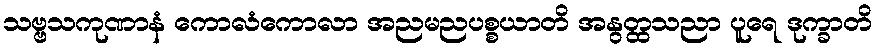
သဗ္ဗသကုဏာနံ ကောလံကောလာ အညမညပစ္စယာတိ အနွတ္ထသညာ ပူရေ ဒုက္ခာတိ